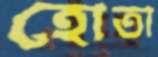
হোতা